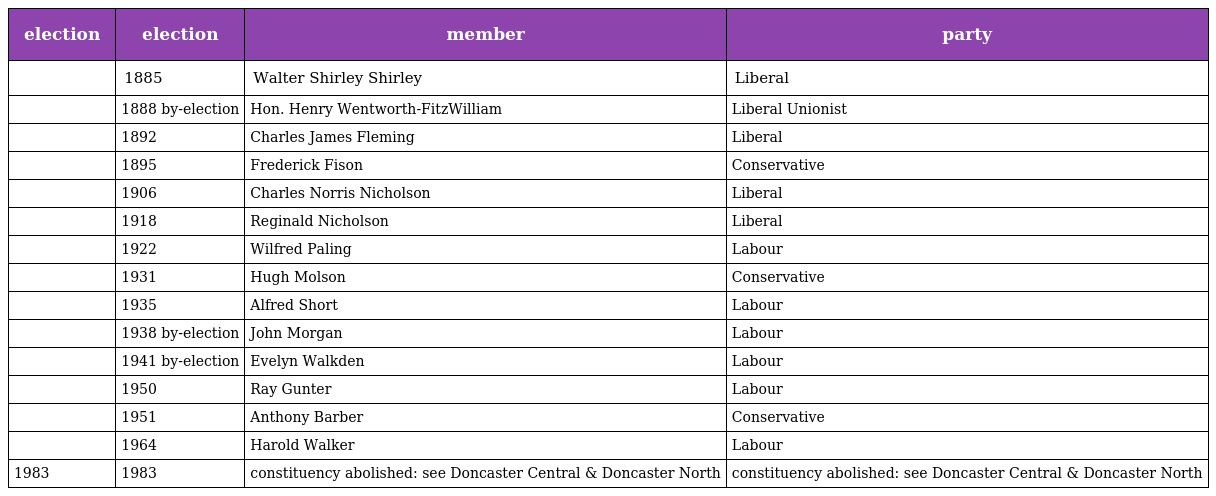
| election | election | member | party |
 | --- | --- | --- | --- |
 |  | 1885 | Walter Shirley Shirley | Liberal |
 |  | 1888 by-election | Hon. Henry Wentworth-FitzWilliam | Liberal Unionist |
 |  | 1892 | Charles James Fleming | Liberal |
 |  | 1895 | Frederick Fison | Conservative |
 |  | 1906 | Charles Norris Nicholson | Liberal |
 |  | 1918 | Reginald Nicholson | Liberal |
 |  | 1922 | Wilfred Paling | Labour |
 |  | 1931 | Hugh Molson | Conservative |
 |  | 1935 | Alfred Short | Labour |
 |  | 1938 by-election | John Morgan | Labour |
 |  | 1941 by-election | Evelyn Walkden | Labour |
 |  | 1950 | Ray Gunter | Labour |
 |  | 1951 | Anthony Barber | Conservative |
 |  | 1964 | Harold Walker | Labour |
 | 1983 | 1983 | constituency abolished: see Doncaster Central & Doncaster North | constituency abolished: see Doncaster Central & Doncaster North |